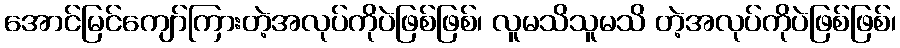
အောင်မြင်ကျော်ကြားတဲ့အလုပ်ကိုပဲဖြစ်ဖြစ်၊ လူမသိသူမသိ တဲ့အလုပ်ကိုပဲဖြစ်ဖြစ်၊